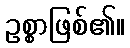
ဥစ္စာဖြစ်၏။